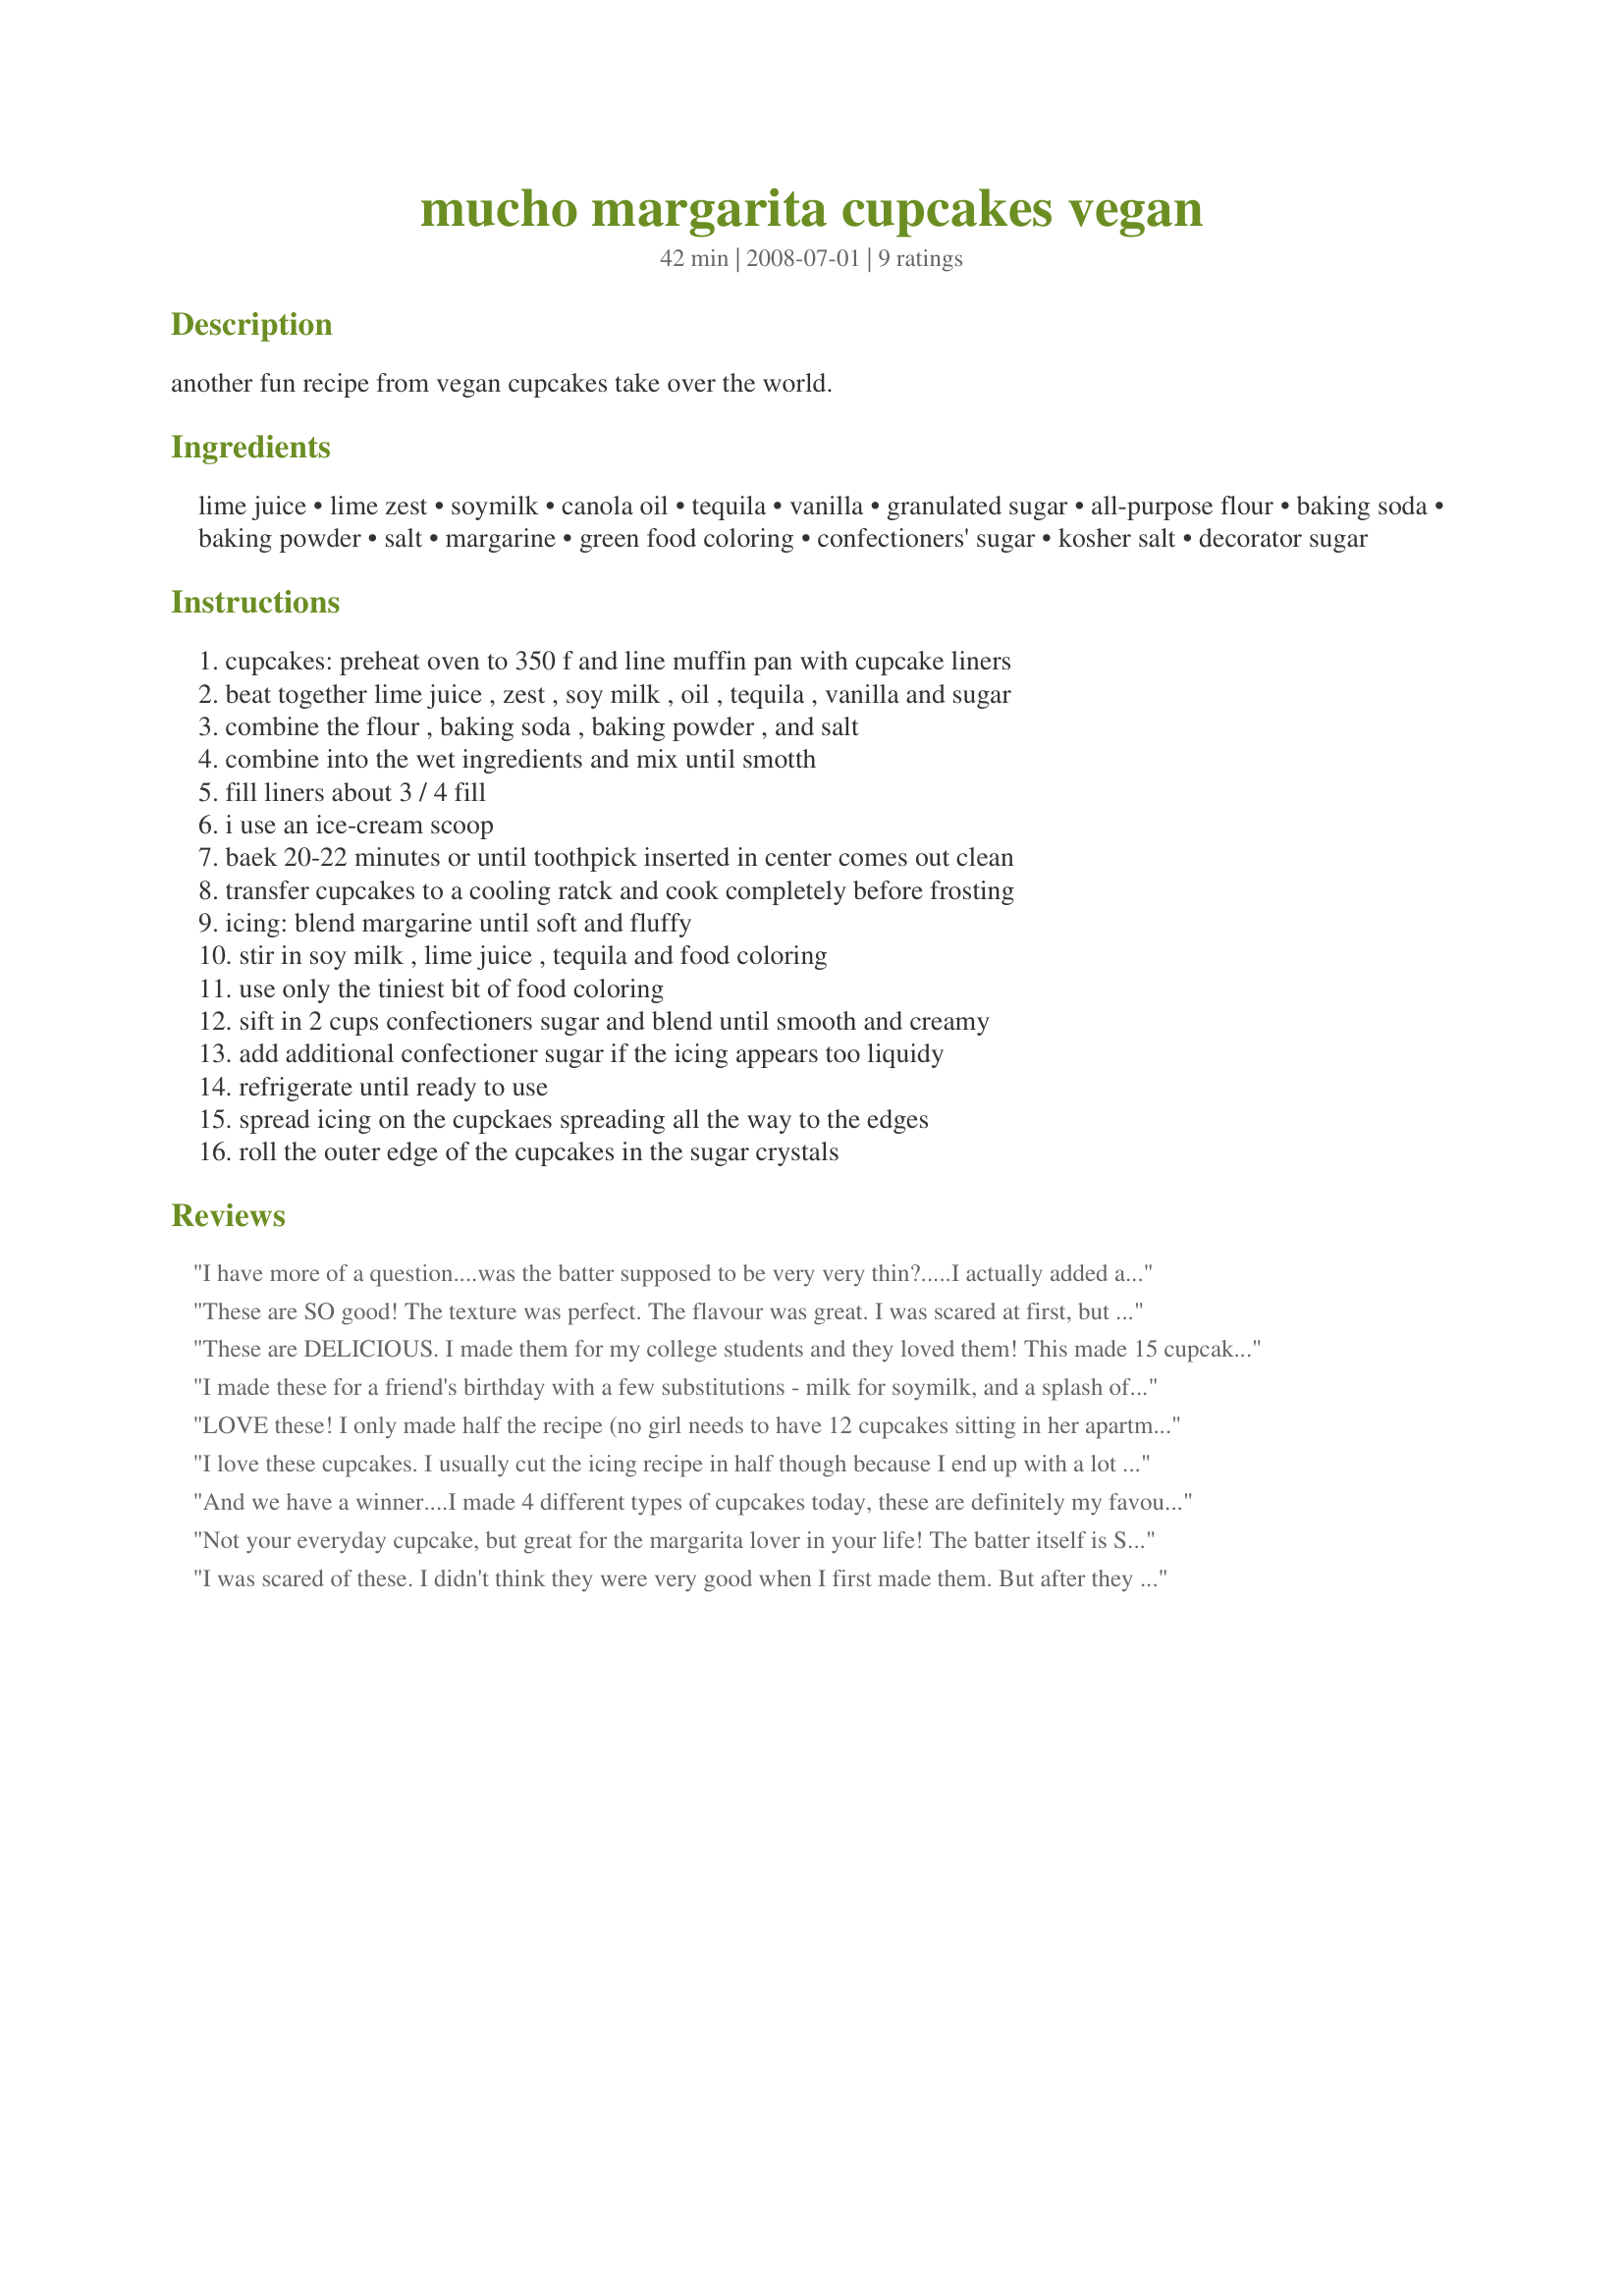
mucho margarita cupcakes vegan
Preparation time: 42 minutes

another fun recipe from vegan cupcakes take over the world.

Ingredients:
lime juice, lime zest, soymilk, canola oil, tequila, vanilla, granulated sugar, all-purpose flour, baking soda, baking powder, salt, margarine, green food coloring, confectioners' sugar, kosher salt, decorator sugar

Steps:
cupcakes: preheat oven to 350 f and line muffin pan with cupcake liners, beat together lime juice , zest , soy milk , oil , tequila , vanilla and sugar, combine the flour , baking soda , baking powder , and salt, combine into the wet ingredients and mix until smotth, fill liners about 3 / 4 fill, i use an ice-cream scoop, baek 20-22 minutes or until toothpick inserted in center comes out clean, transfer cupcakes to a cooling ratck and cook completely before frosting, icing: blend margarine until soft and fluffy, stir in soy milk , lime juice , tequila and food coloring, use only the tiniest bit of food coloring, sift in 2 cups confectioners sugar and blend until smooth and creamy, add additional confectioner sugar if the icing appears too liquidy, refrigerate until ready to use, spread icing on the cupckaes spreading all the way to the edges, roll the outer edge of the cupcakes in the sugar crystals

Reviews:
I have more of a question....was the batter supposed to be very very thin?.....I actually added about another 1/2 Cup of flour to batter since it appeared so watery. I did not have soy milk, so I used almond milk instead...cupcakes came out very gummy...perhaps I mixed too much, but recipe did not say not to. Sorry, did not like these at all.
These are SO good! The texture was perfect. The flavour was great. I was scared at first, but the finished product far surpassed my expectations.
These are DELICIOUS. I made them for my college students and they loved them! This made 15 cupcakes, and I added 3 1/2 cups total of powdered sugar and some flour to get the frosting thick enough.
I made these for a friend's birthday with a few substitutions - milk for soymilk, and a splash of extra lime juice instead of tequila - with very good results. The half batch I made turned out extremely well, although the inside of the cupcake was a little bit dense. The lime flavor came through rather strongly in the batter, so I balanced it out with a vanilla buttercream, but I was probably being overcautious. I took the opportunity to have a bit of fun with my cake decorating supplies. In the end, it tasted just like summer, although it was February outside. Great recipe!
LOVE these! I only made half the recipe (no girl needs to have 12 cupcakes sitting in her apartment staring at her to eat them), nixed the tequila/green food coloring (didn't have either on hand), and used whole wheat pastry flour. These are definitely my new favorite. I also added a raspberry on top for looks. So scrumptious (especially the frosting)...I'll have to only make them for special occasions or I'll be eating them all the time;)
I love these cupcakes. I usually cut the icing recipe in half though because I end up with a lot left over and should not be eating icing from the bowl.
And we have a winner....I made 4 different types of cupcakes today, these are definitely my favourite, (but then I love all things citrus so no big surprise there). I just excluded the tequila since it's technically a kids party (ha!), and they're lovely. The only thing missing was the drop of green food colouring, although I think the white icing is really pretty. Be careful you don't eat all the icing before it's time to ice the cakes. That may have been my downfall....I piped on the icing and could have used about 1/2 a batch more. Thanks Ms Bindy!
Not your everyday cupcake, but great for the margarita lover in your life! The batter itself is SOOOO delicious, I actually liked it better then the cake, my cakes turned out a little "gummy", I don't know if it was caused by over stirring, or the tequila. Good flavor, and I too fiddled a lot with the icing, I think I will stick with my favorite Vegan Fluffy Buttercream with a little lime next time.
I was scared of these. I didn't think they were very good when I first made them. But after they sat over night, I think the flavor improved. I couldn't really taste the tequila, but the lime flavor was yummy. I brought them to a party and all the omnivores gobbled them up and even licked the crumbs off the liners. Their favorite part was the salt on the icing. I decorated mine with salt and sugar in the raw on the edges, with a twist of lime in the middle.
